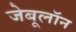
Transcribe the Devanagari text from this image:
जेबूलॉन